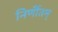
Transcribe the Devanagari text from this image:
निर्णीतम्